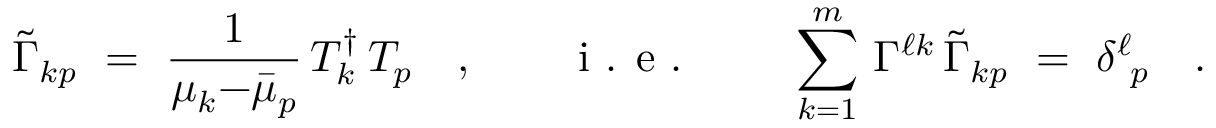
\widetilde { \Gamma } _ { k p } \ = \ \frac { 1 } { \mu _ { k } { - } \bar { \mu } _ { p } } \, T _ { k } ^ { \dagger } \, T _ { p } \quad , \qquad \textrm { i . e . } \qquad \sum _ { k = 1 } ^ { m } \, \Gamma ^ { \ell k } \, \widetilde { \Gamma } _ { k p } \ = \ \delta _ { \ p } ^ { \ell } \quad .